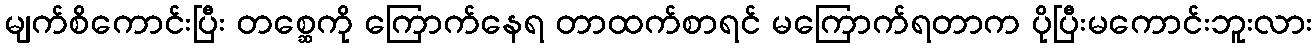
မျက်စိကောင်းပြီး တစ္ဆေကို ကြောက်နေရ တာထက်စာရင် မကြောက်ရတာက ပိုပြီးမကောင်းဘူးလား